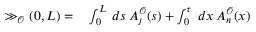
\begin{array} { r l } { \gg _ { \mathscr { O } } ( 0 , L ) = } & { { } \int _ { 0 } ^ { L } \: d s \: { A } _ { \j } ^ { \mathscr { O } } ( s ) + \int _ { 0 } ^ { \tau } \: d x \: { A } _ { n } ^ { \mathscr { O } } ( x ) } \end{array}